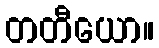
တတီယော။